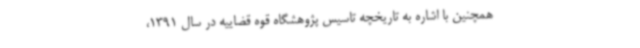
همچنین با اشاره به تاریخچه تاسیس پژوهشگاه قوه قضاییه در سال 1391،